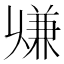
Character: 𠔨